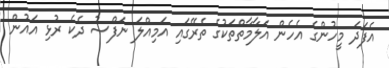
އެފަދަ މީހުންގެ އެހެން އަލާމާތްތަކުގެ ތެރޭގައި އަމިއްލަ ނަފްސު ދެކެ ރުޅި އައުން